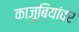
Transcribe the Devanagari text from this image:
काजूबियांवर